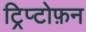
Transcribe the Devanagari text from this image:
ट्रिप्टोफ़न